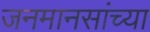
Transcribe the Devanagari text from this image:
जनमानसांच्या